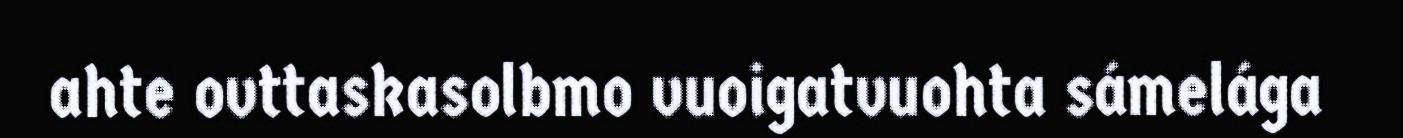
ahte ovttaskasolbmo vuoigatvuohta sámelága